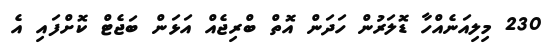
230 މިލިއަނެއްހާ ޑޮލަރުން ހަދަން އޮތް ބްރިޖެއް އަޅަން ބަޖެޓް ކޮށްފައި އެ